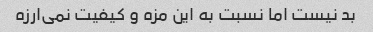
بد نیست اما نسبت به این مزه و کیفیت نمی‌ارزه